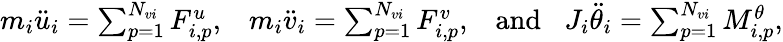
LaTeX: \begin{array}{r}{m_{i}\ddot{u}_{i}=\sum_{p=1}^{N_{vi}}F_{i,p}^{u},\; \; \; m_{i}\ddot{v}_{i}=\sum_{p=1}^{N_{vi}}F_{i,p}^{v},\; \; \; \mathrm{and}\; \; \; J_{i}\ddot{\theta}_{i}=\sum_{p=1}^{N_{vi}}M_{i,p}^{\theta},}\end{array}